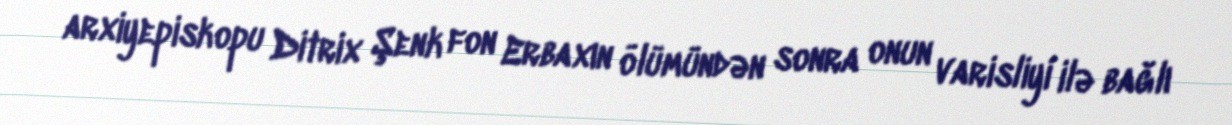
arxiyepiskopu Ditrix Şenk fon Erbaxın ölümündən sonra onun varisliyi ilə bağlı